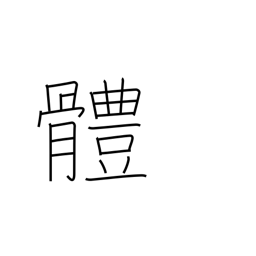
Meaning: the body